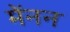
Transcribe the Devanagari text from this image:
मेंनन